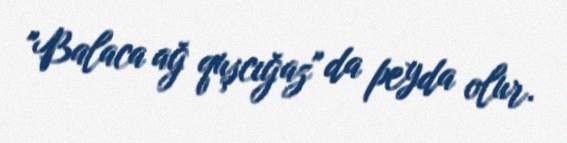
"Balaca ağ quşcığaz" da peyda olur.